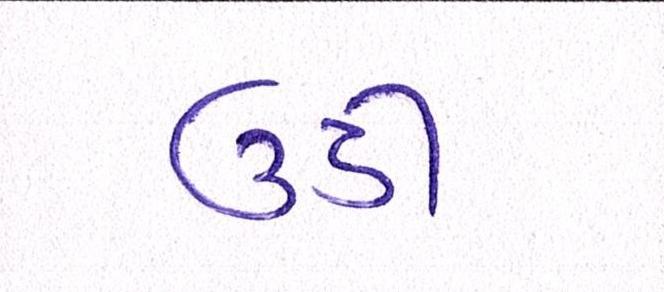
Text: ઉડી